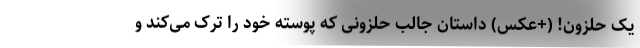
یک حلزون! (+عکس) داستان جالب حلزونی که پوسته خود را ترک می‌کند و